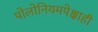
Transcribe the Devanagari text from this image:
पोलोनियमपेक्षाही